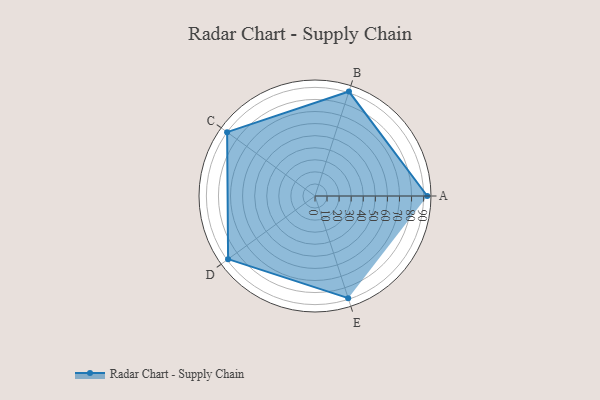
{"axis": {"x": "Skill", "y": "Score"}, "legend": ["Profile"], "data": [{"x": "A", "y": 93.0, "type": "Profile"}, {"x": "B", "y": 91.0, "type": "Profile"}, {"x": "C", "y": 90.0, "type": "Profile"}, {"x": "D", "y": 89.0, "type": "Profile"}, {"x": "E", "y": 89.0, "type": "Profile"}]}